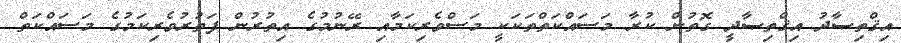
އިޤްތިޞާދު އިޤްތިޞާދީ ގޮތުން ކުރާ މަސައްކަތްތަކަކީ މަސްވެރިކަމާއި ރޭނުމުގެ އިތުރުން ފަތުރުވެރިކަމުގެ މަސައްކަތް